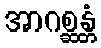
အာဂစ္ဆန္တံ